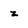
Character: z